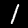
Label: 1